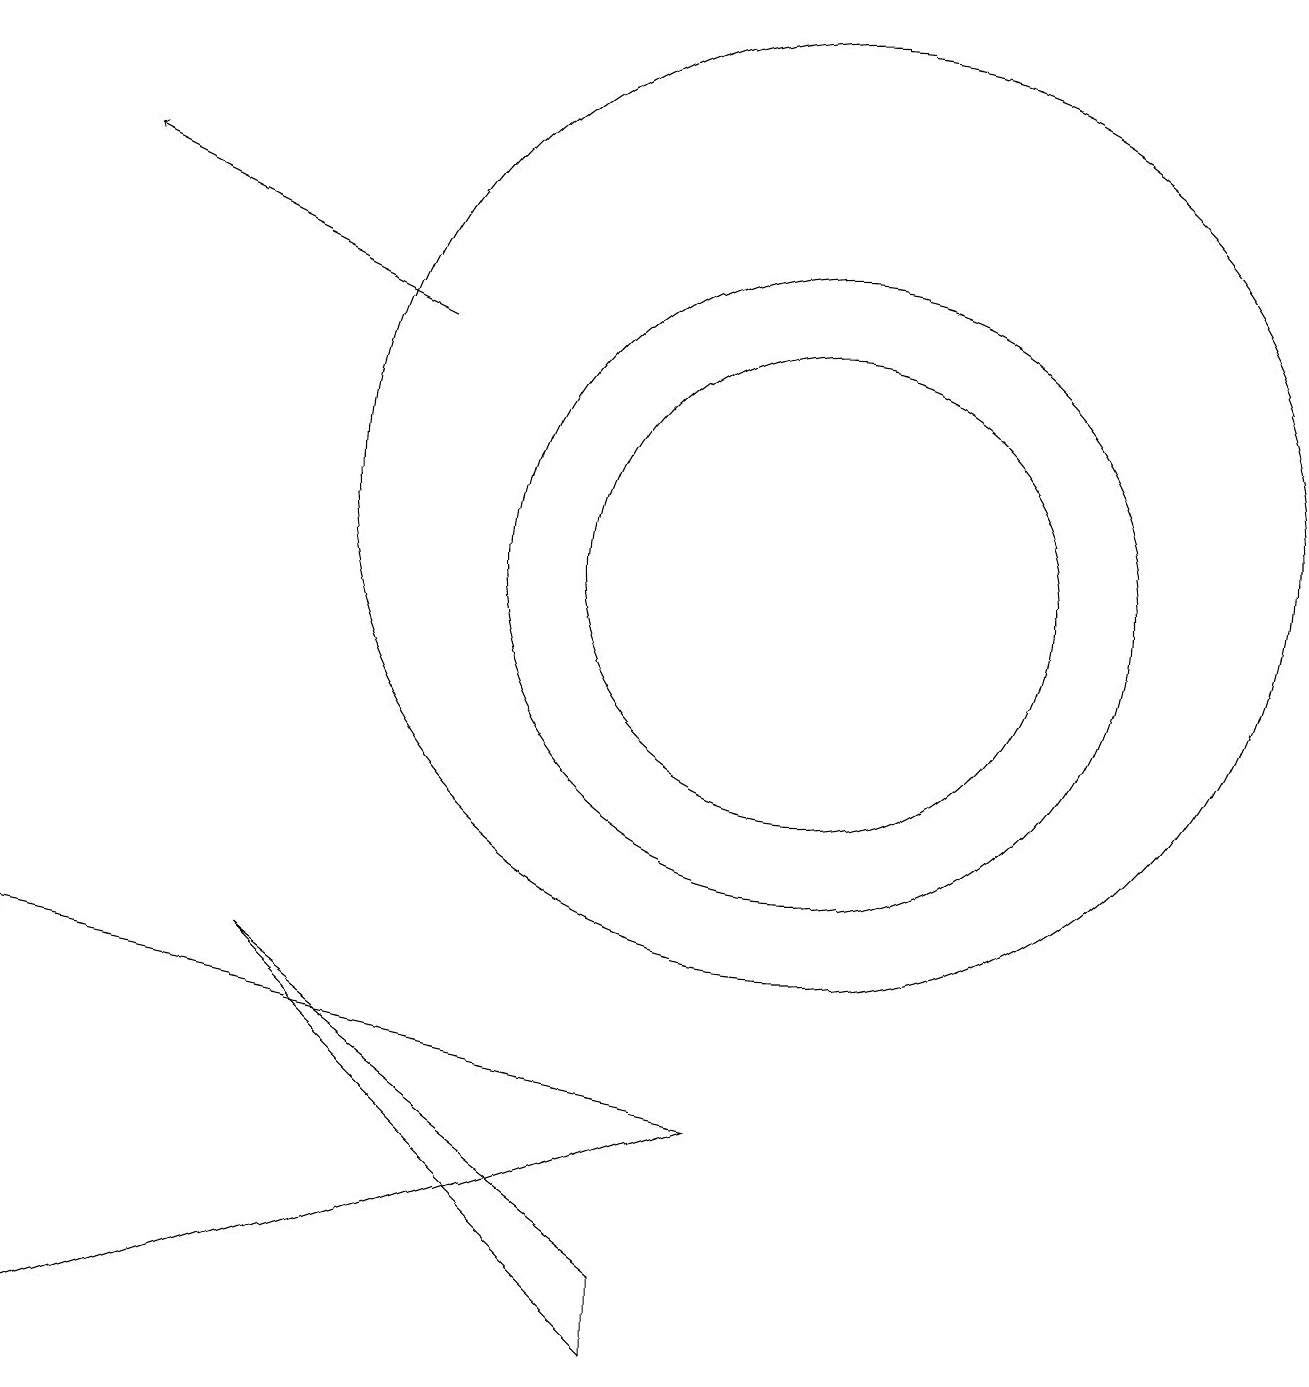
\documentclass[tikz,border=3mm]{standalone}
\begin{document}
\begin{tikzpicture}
\draw (10,10) circle (3);
\draw (10,10) circle (4);
\draw (8,0) -- (3,5) -- (8,1) -- cycle;
\draw (0,5) -- (9,3) -- (0,0) -- cycle;
\draw (10,11) circle (6);
\draw[->] (5,13) -- (1,15);
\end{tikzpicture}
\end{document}